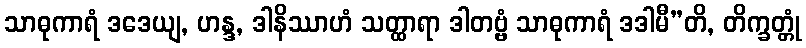
သာဓုကာရံ ဒဒေယျ, ဟန္ဒ, ဒါနိဿာဟံ သတ္ထာရာ ဒါတဗ္ဗံ သာဓုကာရံ ဒဒါမီ”တိ, တိက္ခတ္တုံ